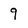
Character: 9